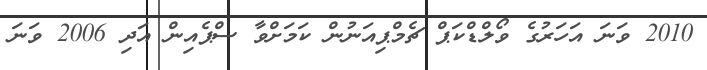
2010 ވަނަ އަހަރުގެ ވޯލްޑްކަޕް ޗެމްޕިއަނުން ކަމަށްވާ ސްޕެއިން އަދި 2006 ވަނަ